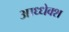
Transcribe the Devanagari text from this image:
आध्धेक्श